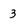
Character: 3